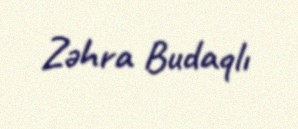
Zəhra Budaqlı